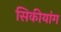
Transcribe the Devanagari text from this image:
सिकीयांग